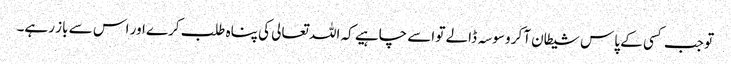
تو جب کسی کے پاس شیطان آکر وسوسہ ڈالے تو اسے چاہیے کہ اللہ تعالی کی پناہ طلب کرے اور اس سے باز رہے۔